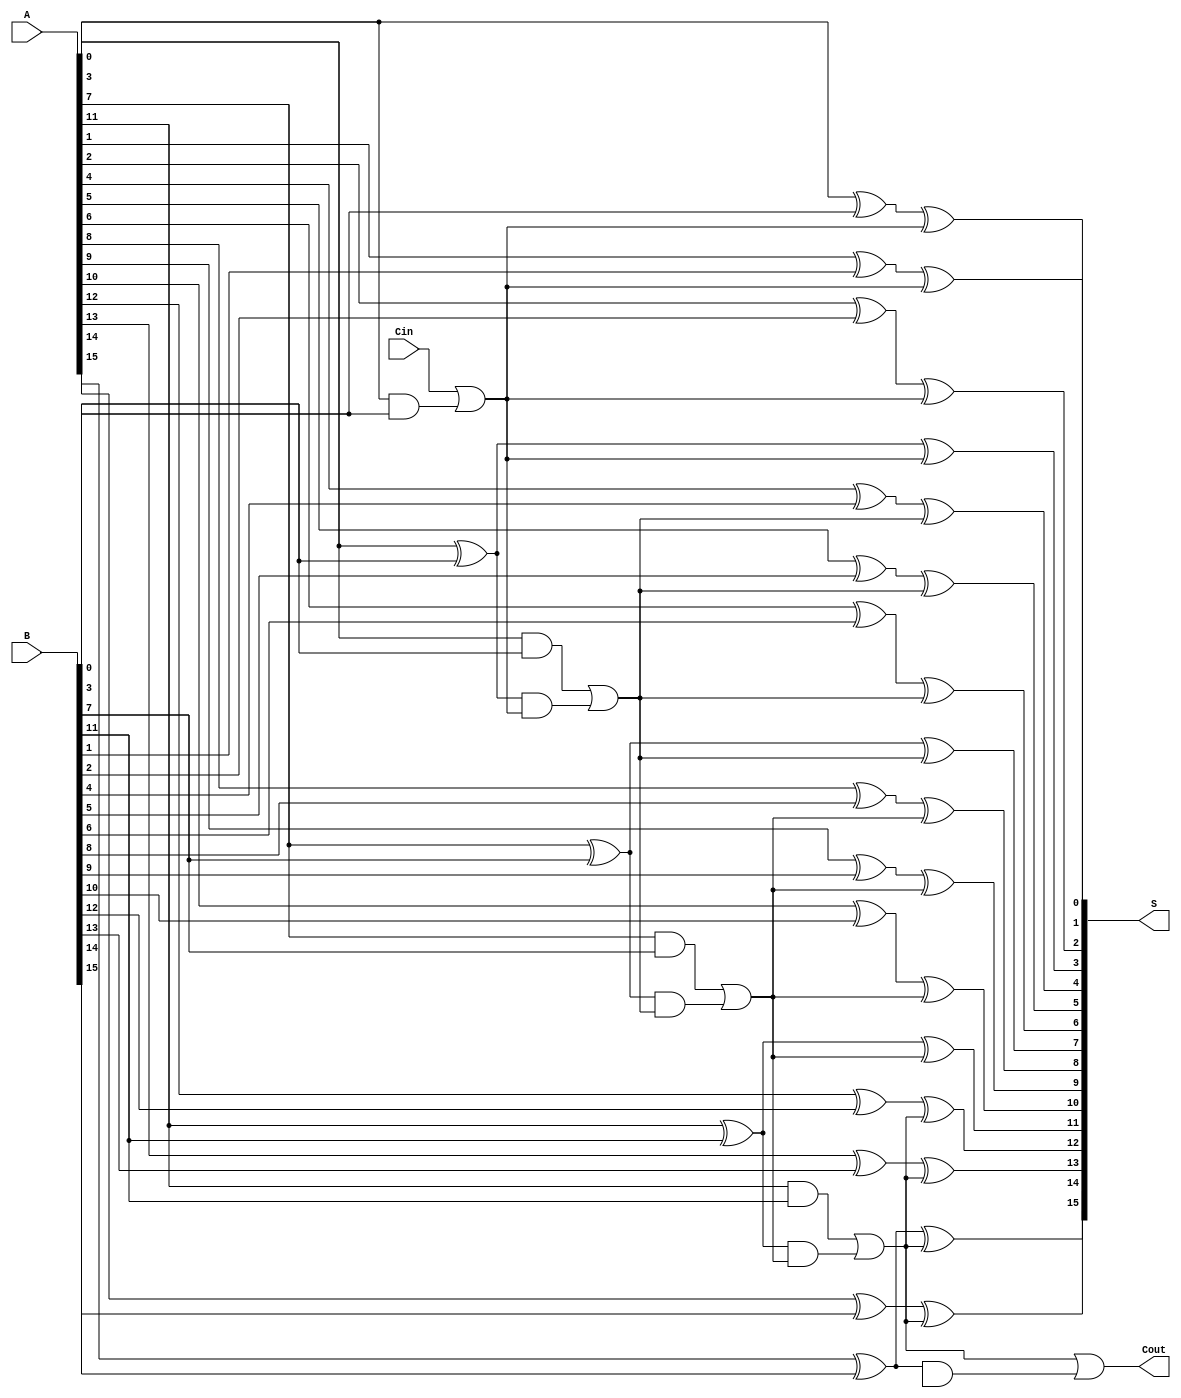
module han_carlson_adder #(parameter N = 16, // Total number of bits
                            parameter GROUP_SIZE = 4) // Size of each group
(
    input  [N-1:0] A,      // First operand
    input  [N-1:0] B,      // Second operand
    input         Cin,      // Carry-in
    output [N-1:0] S,      // Sum output
    output        Cout      // Carry-out
);

    localparam NUM_GROUPS = N / GROUP_SIZE; // Number of groups
    wire [GROUP_SIZE-1:0] G [0:NUM_GROUPS-1]; // Generate signals for each group
    wire [GROUP_SIZE-1:0] P [0:NUM_GROUPS-1]; // Propagate signals for each group
    wire [NUM_GROUPS:0] C; // Carry signals between groups

    // Generate and Propagate signals for each group
    genvar i, j;
    generate
        for (i = 0; i < NUM_GROUPS; i = i + 1) begin : group
            for (j = 0; j < GROUP_SIZE; j = j + 1) begin : bit
                if (i * GROUP_SIZE + j < N) begin
                    assign G[i][j] = A[i * GROUP_SIZE + j] & B[i * GROUP_SIZE + j]; // Generate
                    assign P[i][j] = A[i * GROUP_SIZE + j] ^ B[i * GROUP_SIZE + j]; // Propagate
                end
            end
            
            // Carry logic for the first group
            if (i == 0) begin
                assign C[i] = Cin | G[i][0]; // C0 = Cin + G0
            end else begin
                assign C[i] = G[i-1][GROUP_SIZE-1] | (P[i-1][GROUP_SIZE-1] & C[i-1]); // Carry propagation
            end
        end
    endgenerate

    // Sum calculation
    generate
        for (i = 0; i < NUM_GROUPS; i = i + 1) begin : sum_group
            for (j = 0; j < GROUP_SIZE; j = j + 1) begin : sum_bit
                if (i * GROUP_SIZE + j < N) begin
                    assign S[i * GROUP_SIZE + j] = P[i][j] ^ C[i]; // Sum calculation
                end
            end
        end
    endgenerate

    // Final carry-out
    assign Cout = C[NUM_GROUPS-1] | (P[NUM_GROUPS-1][GROUP_SIZE-1] & C[NUM_GROUPS]);

endmodule